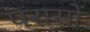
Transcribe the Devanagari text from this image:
परासों